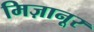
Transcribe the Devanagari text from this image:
मिज़ानूर